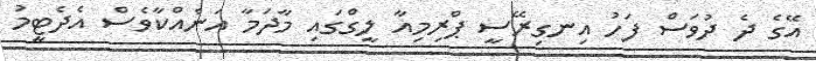
އޭގެ ދެ ދުވަސް ފަހު އިނގިރޭސީ ޕްރިމިއާ ލީގްގައި މާދަމާ އަނެއްކާވެސް އެދެޓީމު